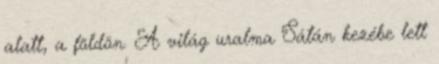
alatt, a földön. A világ uralma Sátán kezébe lett